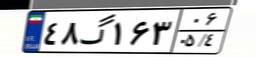
۴۸گ۱۶۳۰۶